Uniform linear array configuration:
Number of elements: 24
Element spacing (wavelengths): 0.25
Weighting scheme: blackman
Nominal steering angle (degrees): -15
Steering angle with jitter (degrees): -16.064
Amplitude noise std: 0.05
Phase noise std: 0.05

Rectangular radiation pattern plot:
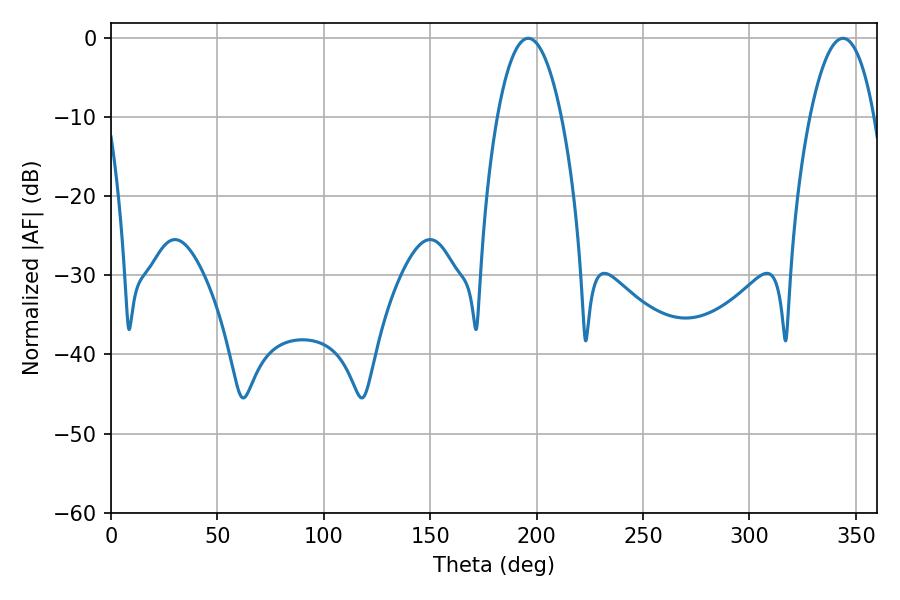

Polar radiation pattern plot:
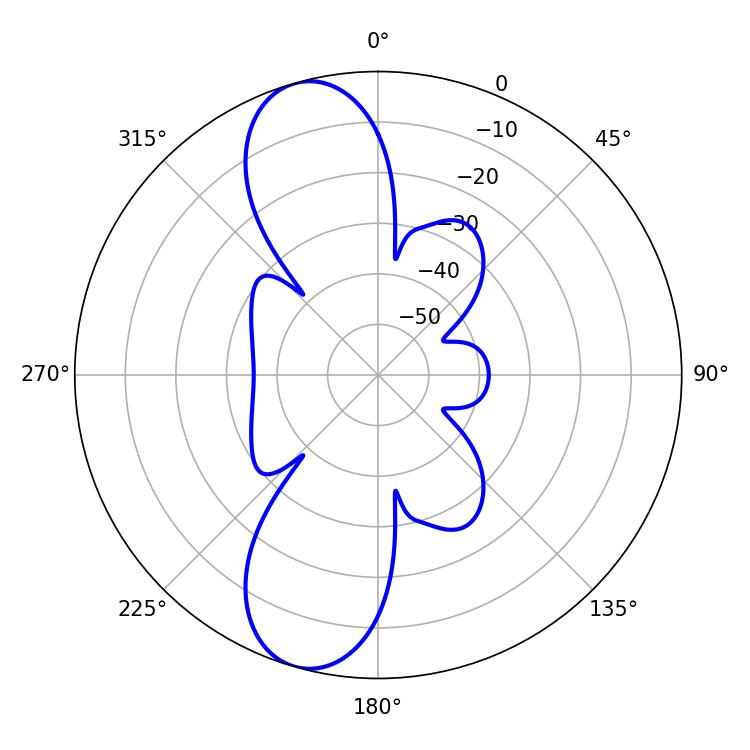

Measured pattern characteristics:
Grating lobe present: FALSE
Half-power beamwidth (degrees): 16.74
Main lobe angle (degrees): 196.02